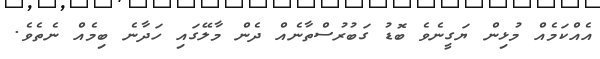
އެއްކަމެއް މުޅިން ޔަގީނެވެ ބޮޑު ގަބުރުސްތާނެއް ދެން މާލޭގައި ހަދާނެ ބިމެއް ނެތެވެ.